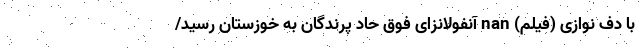
با دف نوازی (فیلم) nan آنفولانزای فوق حاد پرندگان به خوزستان رسید/